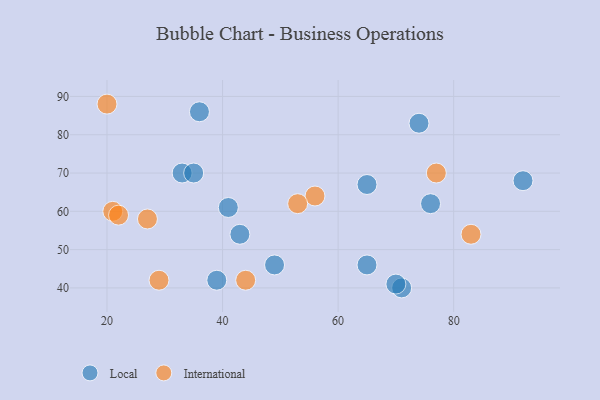
{"axis": {"x": "GDP", "y": "Life Expectancy"}, "legend": ["International", "Local"], "data": [{"x": "36", "y": 86, "type": "Local"}, {"x": "33", "y": 70, "type": "Local"}, {"x": "65", "y": 67, "type": "Local"}, {"x": "76", "y": 62, "type": "Local"}, {"x": "65", "y": 46, "type": "Local"}, {"x": "49", "y": 46, "type": "Local"}, {"x": "39", "y": 42, "type": "Local"}, {"x": "41", "y": 61, "type": "Local"}, {"x": "74", "y": 83, "type": "Local"}, {"x": "43", "y": 54, "type": "Local"}, {"x": "71", "y": 40, "type": "Local"}, {"x": "92", "y": 68, "type": "Local"}, {"x": "35", "y": 70, "type": "Local"}, {"x": "70", "y": 41, "type": "Local"}, {"x": "77", "y": 70, "type": "International"}, {"x": "56", "y": 64, "type": "International"}, {"x": "53", "y": 62, "type": "International"}, {"x": "29", "y": 42, "type": "International"}, {"x": "20", "y": 88, "type": "International"}, {"x": "83", "y": 54, "type": "International"}, {"x": "21", "y": 60, "type": "International"}, {"x": "44", "y": 42, "type": "International"}, {"x": "22", "y": 59, "type": "International"}, {"x": "27", "y": 58, "type": "International"}]}